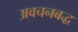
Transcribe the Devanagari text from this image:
अवचनबद्ध